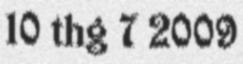
10 thg 7 2009